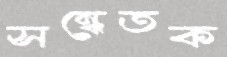
সন্ধেতক